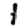
Digit: 1